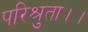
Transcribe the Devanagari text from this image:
परिश्रुता।।